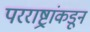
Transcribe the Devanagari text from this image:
परराष्ट्रांकडून